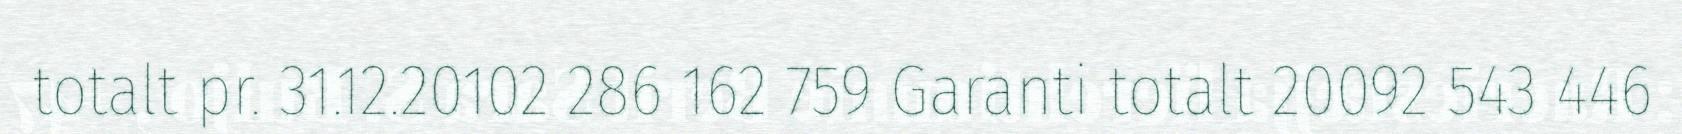
totalt pr. 31.12.20102 286 162 759 Garanti totalt 20092 543 446